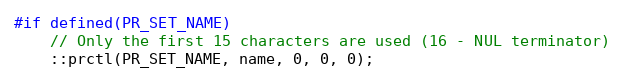
Language: C++
#if defined(PR_SET_NAME)
    // Only the first 15 characters are used (16 - NUL terminator)
    ::prctl(PR_SET_NAME, name, 0, 0, 0);